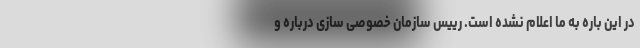
در این باره به ما اعلام نشده است. رییس سازمان خصوصی سازی درباره و